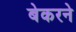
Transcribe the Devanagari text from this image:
बेकरने